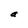
Character: a